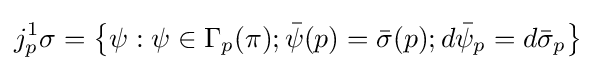
j_{p}^{1}\sigma =\left\{\psi :\psi \in \Gamma _{p}(\pi );{\bar {\psi }}(p)={\bar {\sigma }}(p);d{\bar {\psi }}_{p}=d{\bar {\sigma }}_{p}\right\}